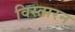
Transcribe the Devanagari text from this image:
विस्तारन